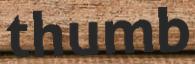
thumb